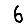
Digit: 6